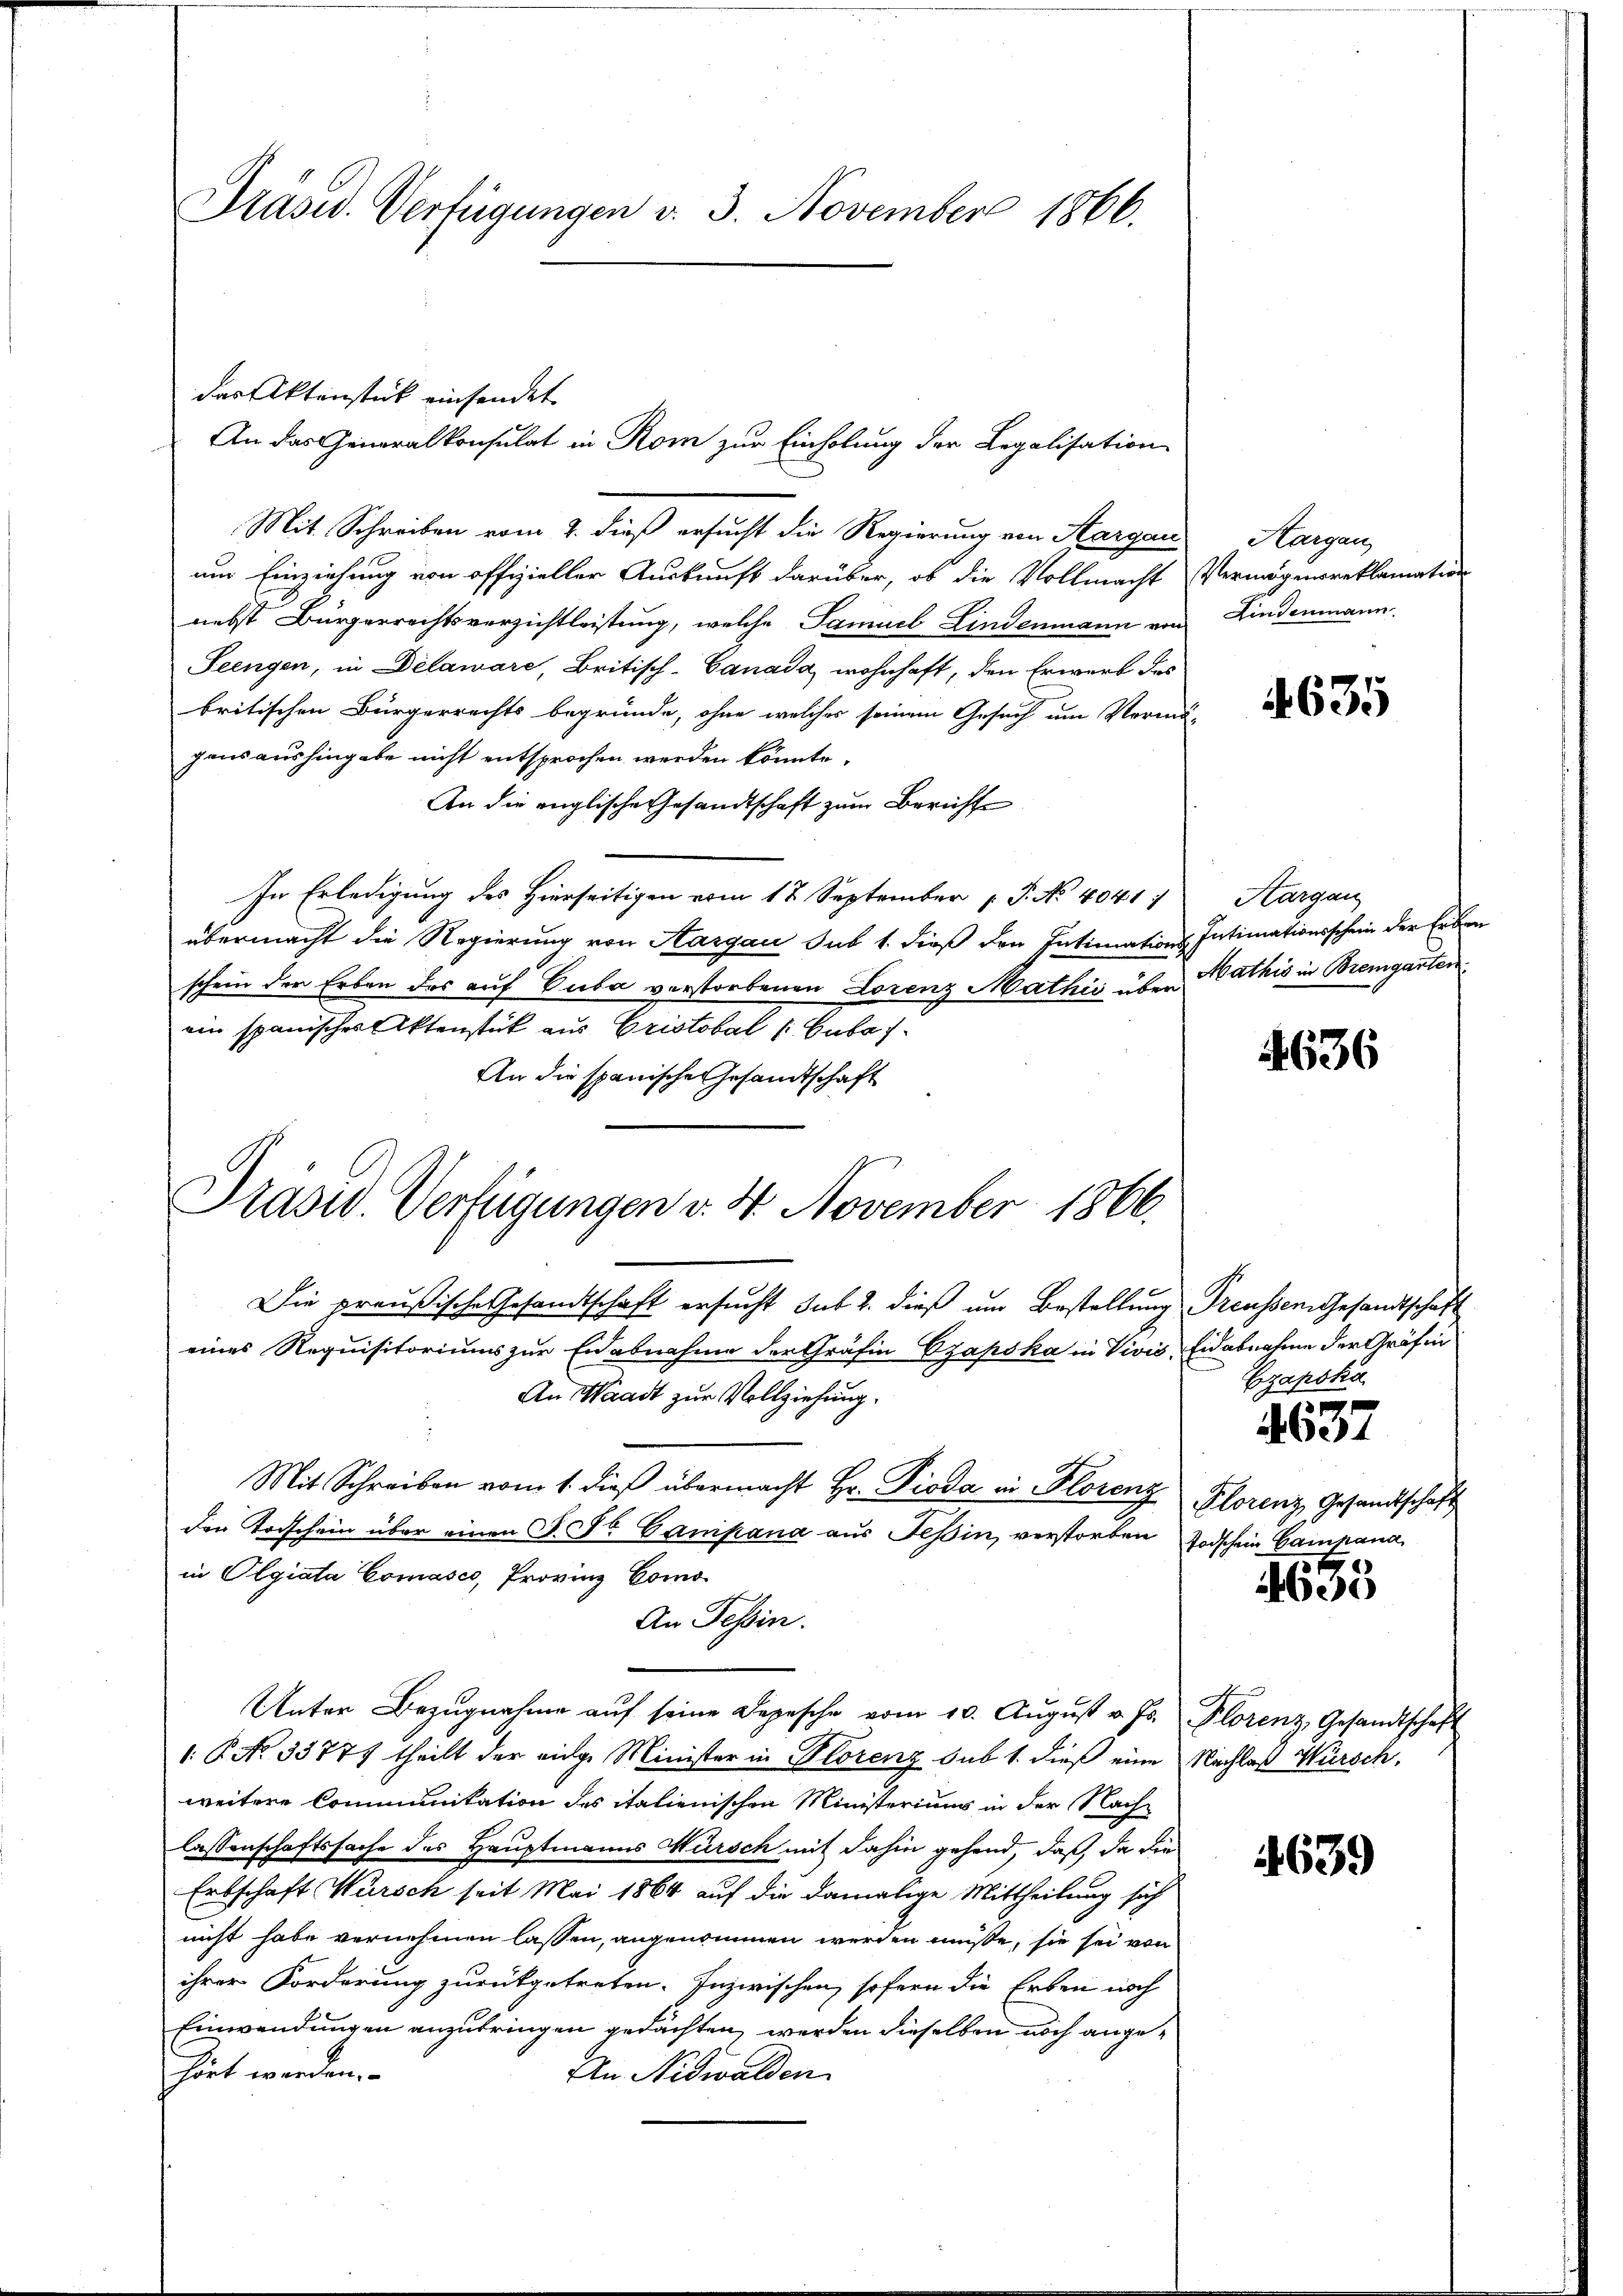
Präsid. Verfügungen v. 3. November 1866.

Mit Schreiben vom 2. dieß ersucht die Regierung von Aargau
um Einziehung von offizieller Auskunft darüber, ob die Vollmacht Vermögensreklamation
nebst Bürgerrechtsverzichtleistung, welche Samuel Lindenmann von
Seengen, in Délaware, Britisch-Canada, wohnhaft, den Erwart des
britischen Bürgerrechts begründe, ohne welches seinem Gesuch um Vormä-
gans aushingabe nicht entsprochen werden könnte.
An die englische Gesandtschaft zum Berichte
In Erledigung des Hierseitigen vom 17. September P. No 4041.
übermacht die Regierung von Aargau sub 1. dieß den Intimations-Intimationsschein der Erben
schein der Erben des auf Cuba verstorbenen Lorenz Mathis über Mathis in Bremgartenein spanischer Aktenstück aus Cristobel (: Cubai¬
An die spanische Gesandtschaft

das Aktenstück einsendet.
An das Generalkonsulat in Rom zur Einholung der Legalisation

Präsid. Verfügungen v. 4. November 1866.

Die preußische Gesandtschaft ersucht sub 2. dieß um Bestellung Preussen Gesandtschaft
eines Requisitoriums zur Eidabnahme der Gräfin Czapska in Vivis, Eidabnahme der Gräfin
An Waadt zur Vollziehung.
Mit Schreiben vom 1. dieβ übermacht Hr. Pioda in Florenz Florenz Gesandtschäft
den Todschein über einen P. Dr. Campana aus Tessin, verstorben Todschein Campana
in Olgiata Comasco, Provinz Como
An Tessin.
Unter Bezŭgnahme aŭf seine Depesche vom 10. Aŭgŭst v. Js. Florenz, Gesandtschaft
1.P. No 33777 theilt der eige Minister in Plorenz sub 1. dieß eine Nachlaß Würsch,
weitere Communikation des italienischen Ministeriums in der Nachlassenschaftssache des Hauptmanns Würsch mit dahin gehend, daß, da die
Erbschaft Wursch seit Mai 1864 auf die damalige Mittheilung sich
nicht habe vernehmen lassen, angenommen werden müße, sie sei von
ihrer Forderung zurückgetreten. Inzwischen, sofern die Erben noch
Einwendungen anzubringen gedachten werden dieselben noch angehört werden.
An Nidwalden

Hargau
Kindenmann.

635

Hargau

4636

Czapska

1
4631

t

1635

639